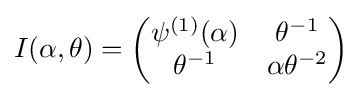
I(\alpha ,\theta )={\begin{pmatrix}\psi ^{(1)}(\alpha )&\theta ^{-1}\\\theta ^{-1}&\alpha \theta ^{-2}\end{pmatrix}}